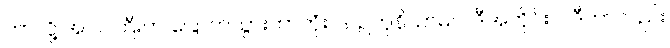
ဘာလို့ အပင်ကြီးက ခြောက်သွားတာတုံး၊ ဒါ ဥတုနိယာမပဲ၊ ဒီအတိုင်းပဲ၊ ဒီဟာလည်း